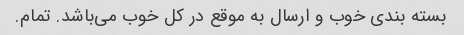
بسته بندی خوب و ارسال به موقع در کل خوب می‌باشد. تمام.